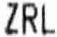
ZRL